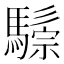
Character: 𩥷